Annual administration report of the Civil Veterinary Department of India - 1897-1898
Year: 1897
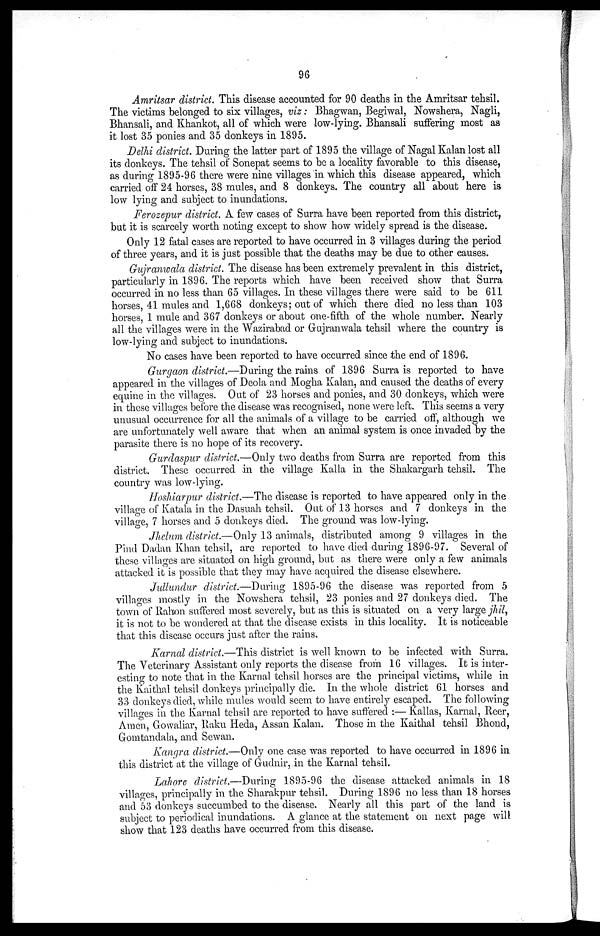
96
Amritsar district. This disease accounted for 90 deaths in the Amritsar tehsil.
The victims belonged to six villages, viz: Bhagwan, Begiwal, Nowshera, Nagli,
Bhansali, and Khankot, all of which were low-lying. Bhansali suffering most as
it lost 35 ponies and 35 donkeys in 1895.
Delhi district. During the latter part of 1895 the village of Nagal Kalan lost all
its donkeys. The tehsil of Sonepat seems to be a locality favorable to this disease,
as during 1895-96 there were nine villages in which this disease appeared, which
carried off 24 horses, 38 mules, and 8 donkeys. The country all about here is-
low lying and subject to inundations.
Ferozepur district. A few cases of Surra have been reported from this district,
but it is scarcely worth noting except to show how widely spread is the disease.
Only 12 fatal cases are reported to have occurred in 3 villages during the period
of three years, and it is just possible that the deaths may be due to other causes.
Gujranwala district. The disease has been extremely prevalent in this district,
particularly in 1896. The reports which have been received show that Surra
occurred in no less than 65 villages. In these villages there were said to be 611
horses, 41 mules and 1,668 donkeys; out of which there died no less than 103
horses, 1 mule and 367 donkeys or about one-fifth of the whole number. Nearly
all the villages were in the Wazirabad or Gujranwala tehsil where the country is
low-lying and subject to inundations.
No cases have been reported to have occurred since the end of 1896.
Gurgaon district.—During the rains of 1896 Surra is reported to have
appeared in the villages of Deola and Mogha Kalan, and caused the deaths of every
equine in the villages. Out of 23 horses and ponies, and 30 donkeys, which were
in these villages before the disease was recognised, none were left. This seems a very
unusual occurrence for all the animals of a village to be carried off, although we
are unfortunately well aware that when an animal system is once invaded by the
parasite there is no hope of its recovery.
Gurdaspur district.—Only two deaths from Surra are reported from this
district. These occurred in the village Kalla in the Shakargarh tehsil. The
country was low-lying.
Hoshiarpur district.—The disease is reported to have appeared only in the
village of Katala in the Dasuah tehsil. Out of 13 horses and 7 donkeys in the
village, 7 horses and 5 donkeys died. The ground was low-lying.
Jhelum district.—Only 13 animals, distributed among 9 villages in the
Pind Dadan Khan tehsil, are reported to have died during 1896-97. Several of
these villages are situated on high ground, but as there were only a few animals
attacked it is possible that they may have acquired the disease elsewhere.
Jullundur district.—During 1895-96 the disease was reported from 5
villages mostly in the Nowshera tehsil, 23 ponies and 27 donkeys died. The
town of Rahon suffered most severely, but as this is situated on a very large jhil,
it is not to be wondered at that the disease exists in this locality. It is noticeable
that this disease occurs just after the rains.
Karnal district.—This district is well known to be infected with Surra.
The Veterinary Assistant only reports the disease from 16 villages. It is inter-
esting to note that in the Karnal tehsil horses are the principal victims, while in
the Kaithal tehsil donkeys principally die. In the whole district 61 horses and
33 donkeys died, while mules would seem to have entirely escaped. The following
villages in the Karnal tehsil are reported to have suffered :— Kallas, Karnal, Reer,
Amen, Gowaliar, Raku Heda, Assan Kalan. Those in the Kaithal tehsil Bhond,
Gomtandala, and Sewan.
Kangra district.—Only one case was reported to have occurred in 1896 in
this district at the village of Gudnir, in the Karnal tehsil.
Lahore district.—During 1895-96 the disease attacked animals in 18
villages, principally in the Sharakpur tehsil. During 1896 no less than 18 horses
and 53 donkeys succumbed to the disease. Nearly all this part of the land is
subject to periodical inundations. A glance at the statement on next page will
show that 123 deaths have occurred from this disease.